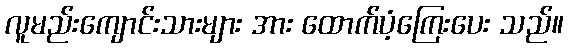
လူမည်းကျောင်းသားများ အား ထောက်ပံ့ကြေးပေး သည်။